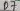
Text: D7